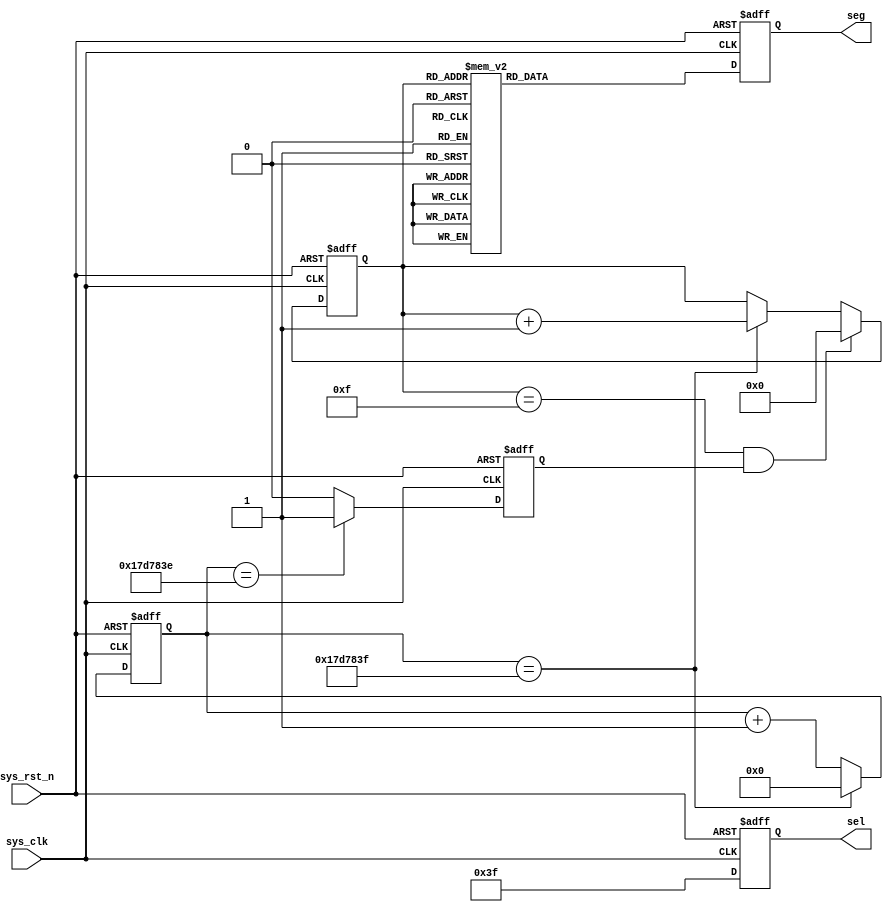
module seg_static
#(
    parameter   CNT_MAX=25'd24_999_999
)
(
    input           wire    sys_clk,
    input           wire    sys_rst_n,
    
    output  reg     [5:0]   sel,
    output  reg     [7:0]   seg
);

reg     [24:0]      cnt;
reg     [3:0]       data;
reg                 cnt_flag;

always @ (posedge sys_clk or negedge sys_rst_n)
    if (sys_rst_n == 1'b0)
        cnt <= 25'd0;
    else if (cnt == CNT_MAX)
        cnt <= 25'd0;
    else
        cnt <= cnt+25'd1;
        
always @ (posedge sys_clk or negedge sys_rst_n)
    if (sys_rst_n == 1'b0)
        data <= 4'd0;
    else if ((data == 4'd15)&&(cnt_flag == 1'b1))
        data <= 4'd0;
    else if (cnt == CNT_MAX)
        data <= data+4'd1;
    else
        data <= data;
always @ (posedge sys_clk or negedge sys_rst_n)
    if (sys_rst_n == 1'b0)
        cnt_flag <= 1'b0;
    else if (cnt == CNT_MAX-1)
        cnt_flag <= 1'b1;
    else
        cnt_flag <= 1'b0;

always @ (posedge sys_clk or negedge sys_rst_n)
    if (sys_rst_n == 1'b0)
        sel <= 6'b000_000;
    else
        sel <= 6'b111_111;

always @ (posedge sys_clk or negedge sys_rst_n)
    if (sys_rst_n == 1'b0)
        seg <= 8'hff;
    else case (data)
    4'd0: seg <= 8'hc0 ;
    4'd1: seg <= 8'hf9 ;
    4'd2: seg <= 8'ha4 ;
    4'd3: seg <= 8'hb0 ;
    4'd4: seg <= 8'h99 ;
    4'd5: seg <= 8'h92 ;
    4'd6: seg <= 8'h82 ;
    4'd7: seg <= 8'hf8 ;
    4'd8: seg <= 8'h80 ;
    4'd9: seg <= 8'h90 ;
    4'd10: seg <= 8'h88;
    4'd11: seg <= 8'h83;
    4'd12: seg <= 8'hc6;
    4'd13: seg <= 8'ha1;
    4'd14: seg <= 8'h86;
    4'd15: seg <= 8'h8e;
    default: seg <= 8'hff;
    endcase

endmodule